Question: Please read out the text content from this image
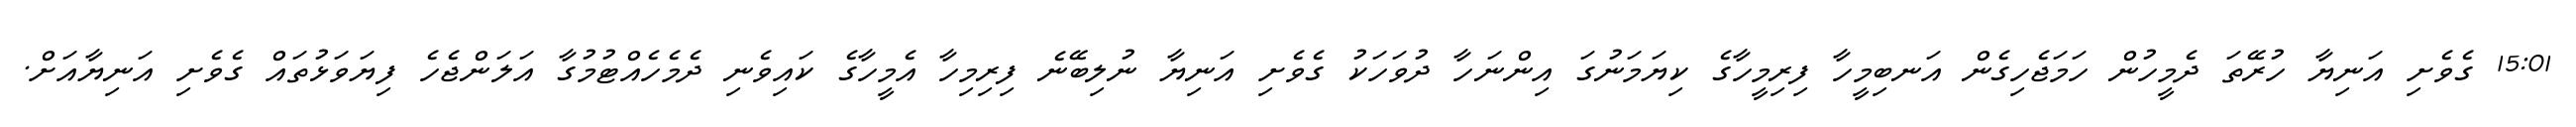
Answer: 15:01 ގެވެށި އަނިޔާ ހުރޭތަ ދެމީހުން ހަމަޖެހިގެން އަނބިމީހާ ފިރިމީހާގެ ކިޔަމަނުގަ އިންނަހާ ދުވަހަކު ގެވެށި އަނިޔާ ނުލިބޭނެ ފިރިމިހާ އެމީހާގެ ކައިވެނި ދެމެހެއްޓުމުގާ އަލަންޖެހެ ފިޔަވަޅުތައް ގެވެށި އަނިޔާއަށް.